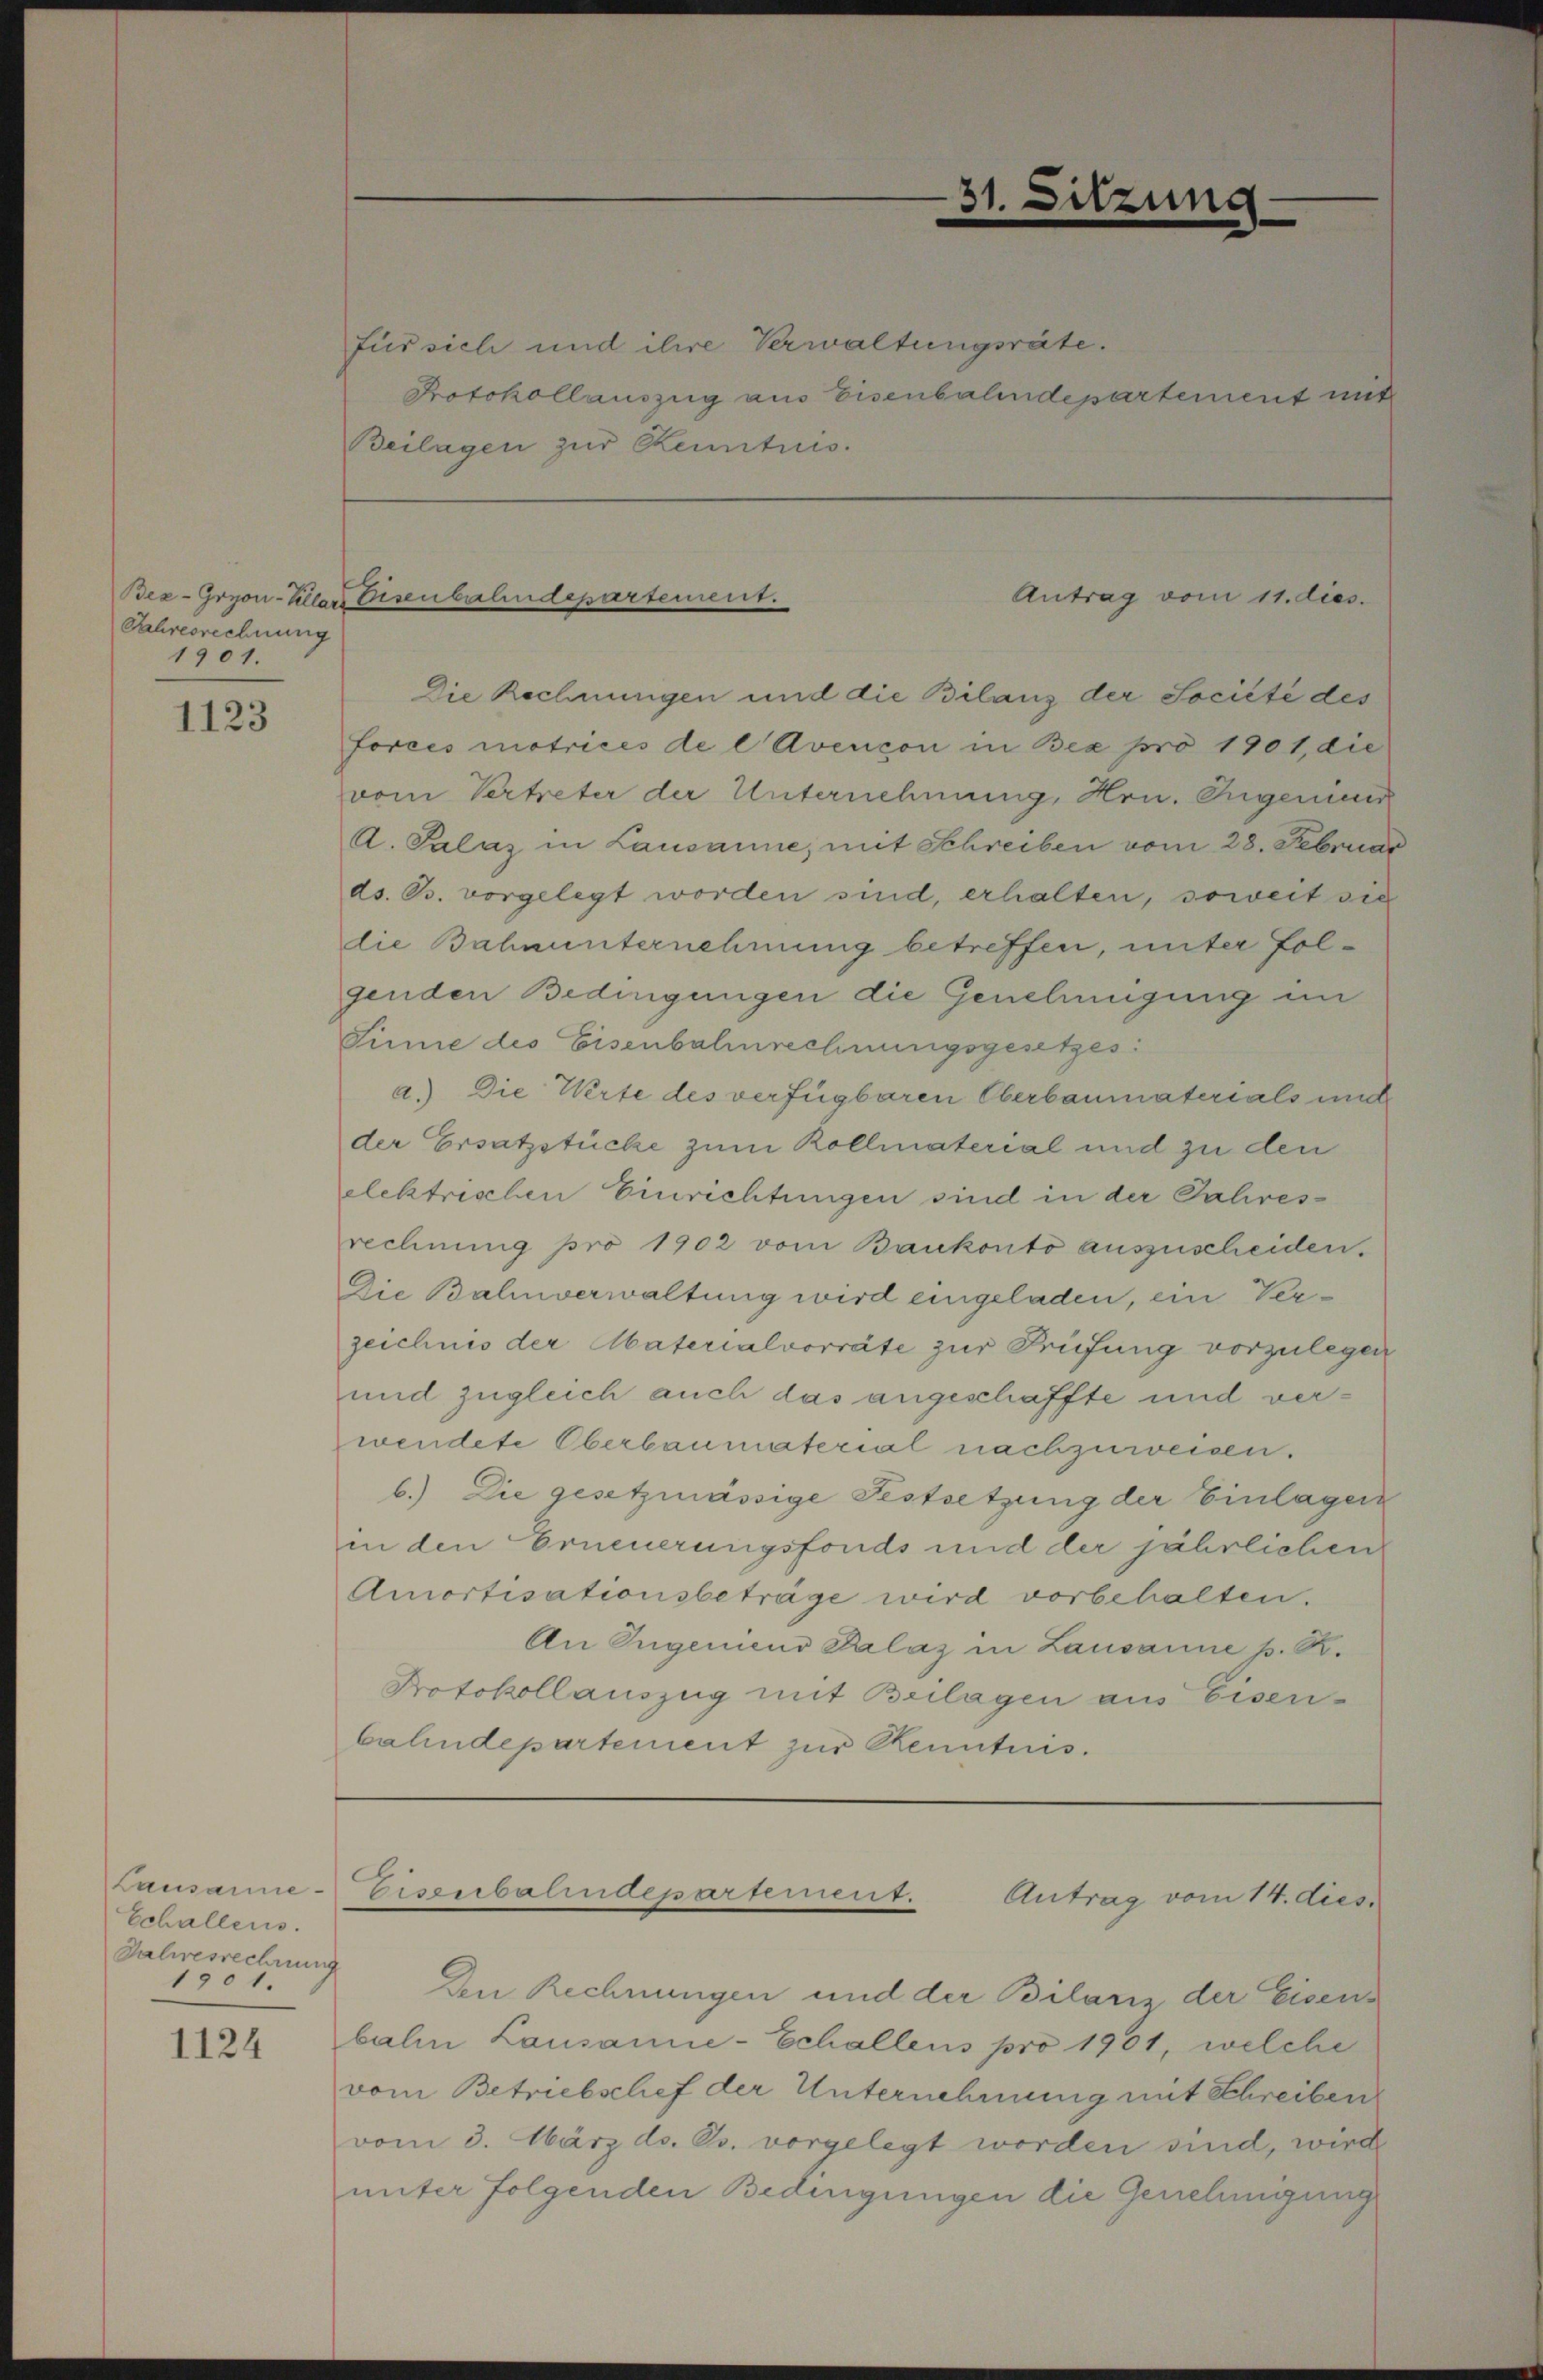
Jahresrechnung
1901.

1123

Lausanne
Echallens.
Dahresrechnun
1901.

1124

Die Rechnungen und die Bilanz der Société des
forces matrices de l Avencon in Bex pro 1901, die
vom Vertreter der Unternehmung, Hrn. Ingenieur
A. Palaz in Lausanne, mit Schreiben vom 28. Februar
ds. B. vorgelegt worden sind, erhalten, soweit sie
die Bahnunternehmung betreffen, unter Folgenden Bedingungen die Genehmigung im
Sinne des Eisenbahnrechnungsgesetzes:
a. Die Werte des verfügbaren Oberbaumaterials und
der Ersatzstücke zum Kollmaterial und zu den
elcktrischen Einrichtungen sind in der Jahresrechnung pro 1902 vom Bankonto auszuscheiden.
Die Bahnverwaltung wird eingeladen, ein Verzeichnis der Materialvorräte zur Prüfung vorzulegen
und zugleich auch das angeschaffte und verwendete Oberbaumaterial nachzuweisen.
b.) Die gesetzmässige Festsetzung der Einlagen
in den Erneuerungsfonds und der jährlichen
Amortisationsbeträge wird vorbehalten.
An Eugenieno Dalaz in Lausanne p. R.
Protokollauszug mit Beilagen aus Eisen-
bahndepartement zur Kenntnis.

für sich und ihre Verwaltungsräte.
Protokollauszug aus Eisenbahndepartement mit
Beilagen zur Kenntnis.

Bez-Gryon-Kller Eisenbahndepartement.

Den Rechnungen und der Bilanz der Eisens
bahn Lausanie-Schallens pro 1901, welche
vom Betriebschef der Unternehmung mit Schreiben
vom 3. März d. Js. vorgelegt worden sind, wird
unter folgenden Bedingungen die Genehmigung

31.

sitzun

Antrag vom 11. dies.

Eisenbahndepartement. Antrag vom 14. dies.